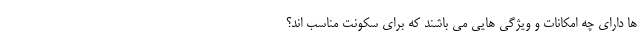
ها دارای چه امکانات و ویژگی هایی می باشند که برای سکونت مناسب اند؟